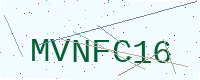
Text: MVNFC16